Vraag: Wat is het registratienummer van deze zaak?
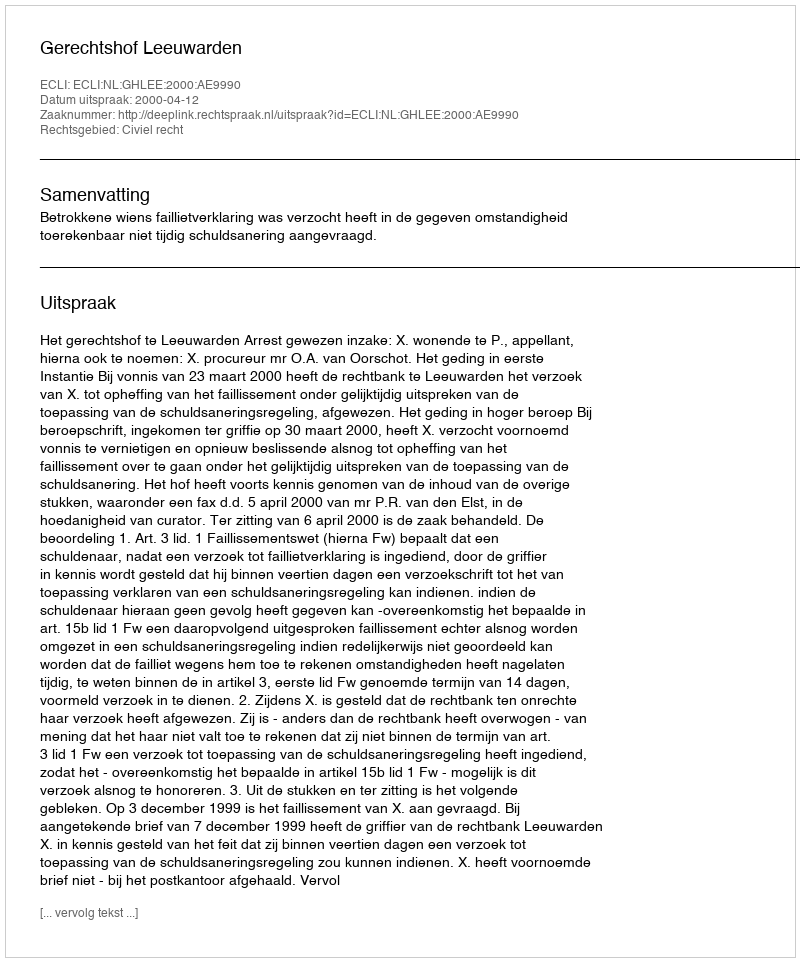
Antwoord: http://deeplink.rechtspraak.nl/uitspraak?id=ECLI:NL:GHLEE:2000:AE9990